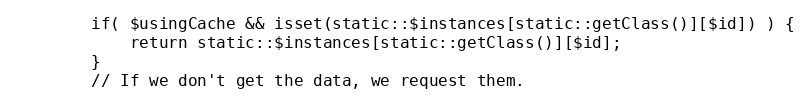
Language: PHP
		if( $usingCache && isset(static::$instances[static::getClass()][$id]) ) {
			return static::$instances[static::getClass()][$id];
		}
		// If we don't get the data, we request them.